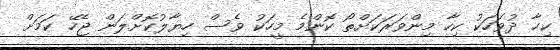
ކިހާ ދުވަހަކު ކިހާ މިންވަރަކަށްތޯ ކޮންމެ މީހަކު ވެސް ހިޔާލުކޮށްލަން ޖެހޭ ކަމަށް